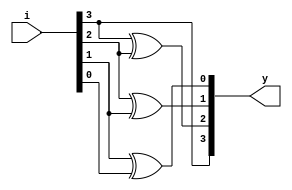
module binary_grey(input [3:0]i,output [3:0]y);
  assign y[3]=i[3];
  assign y[2]=i[3]^i[2];
  assign y[1]=i[2]^i[1];
  assign y[0]=i[1]^i[0];
endmodule